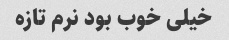
خیلی خوب بود نرم تازه